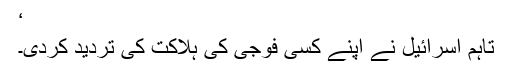
‘
تاہم اسرائیل نے اپنے کسی فوجی کی ہلاکت کی تردید کردی۔